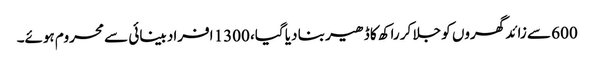
600 سے زائد گھروں کو جلا کر راکھ کا ڈھیر بنا دیا گیا، 1300 افراد بینائی سے محروم ہوئے۔